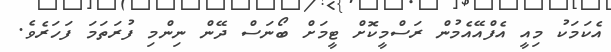
އެކަމަކު މިއީ އެފްއޭއެމުން ރަސްމީކޮށް ޓީމަށް ބޯނަސް ދޭން ނިންމި ފުރަތަމަ ފަހަރެެވެ.